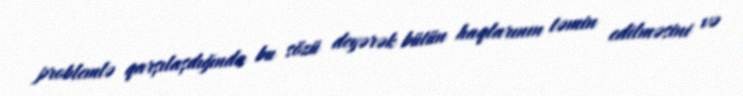
problemlə qarşılaşdığında bu sözü deyərək bütün haqlarının təmin edilməsini və